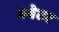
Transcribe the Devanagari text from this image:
स्‍वेटर